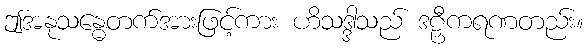
ဤအနုသန္ဓေတက်အားဖြင့်ကား ဟိသဒ္ဒါသည် ဒဠှီကရဏတည်း။